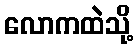
လောကထဲသို့